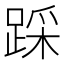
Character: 踩